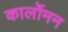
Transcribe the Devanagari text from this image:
कार्लोमन